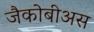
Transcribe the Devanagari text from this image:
जैकोबीअस